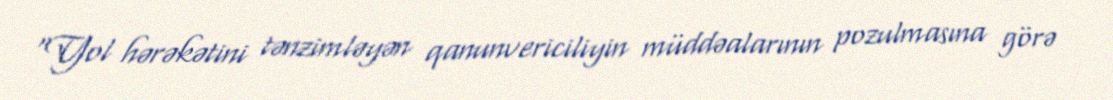
“Yol hərəkətini tənzimləyən qanunvericiliyin müddəalarının pozulmasına görə